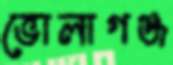
ভোলাগঞ্জ